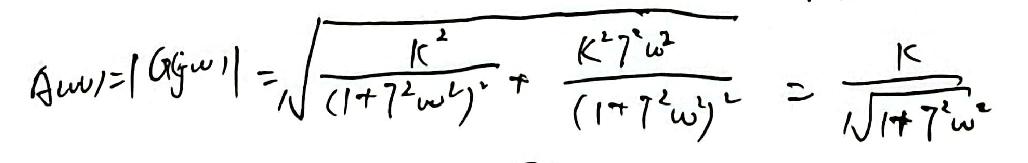
$A(\omega)=|G(j\omega)|=\sqrt{\frac{K^{2}}{(1 + T^{2}\omega^{2})^{2}}+\frac{K^{2}T^{2}\omega^{2}}{(1 + T^{2}\omega^{2})^{2}}}=\frac{K}{\sqrt{1 + T^{2}\omega^{2}}}$